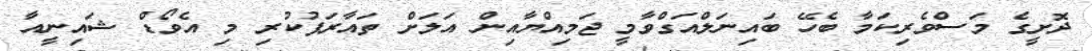
ދޮށީގެ މަސްވެރިކަމާ ބެހޭ ބައިނަލްއަގްވާމީ ޖަމިއްޔާއިން އަލަށް ތައާރަފުކުރި މި އެވޯޑް ޝައިނީއާ